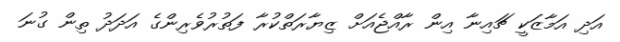
އަދި އަމާޒަކީ ޗައިނާ އިން ރާއްޖެއަށް ޒިޔާރަތްކުރާ ފަތުރުވެރިންގެ އަދަދު ތިން ގުނަ